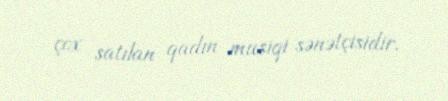
çox satılan qadın musiqi sənətçisidir.